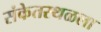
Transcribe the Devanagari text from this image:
संकेतस्थळला